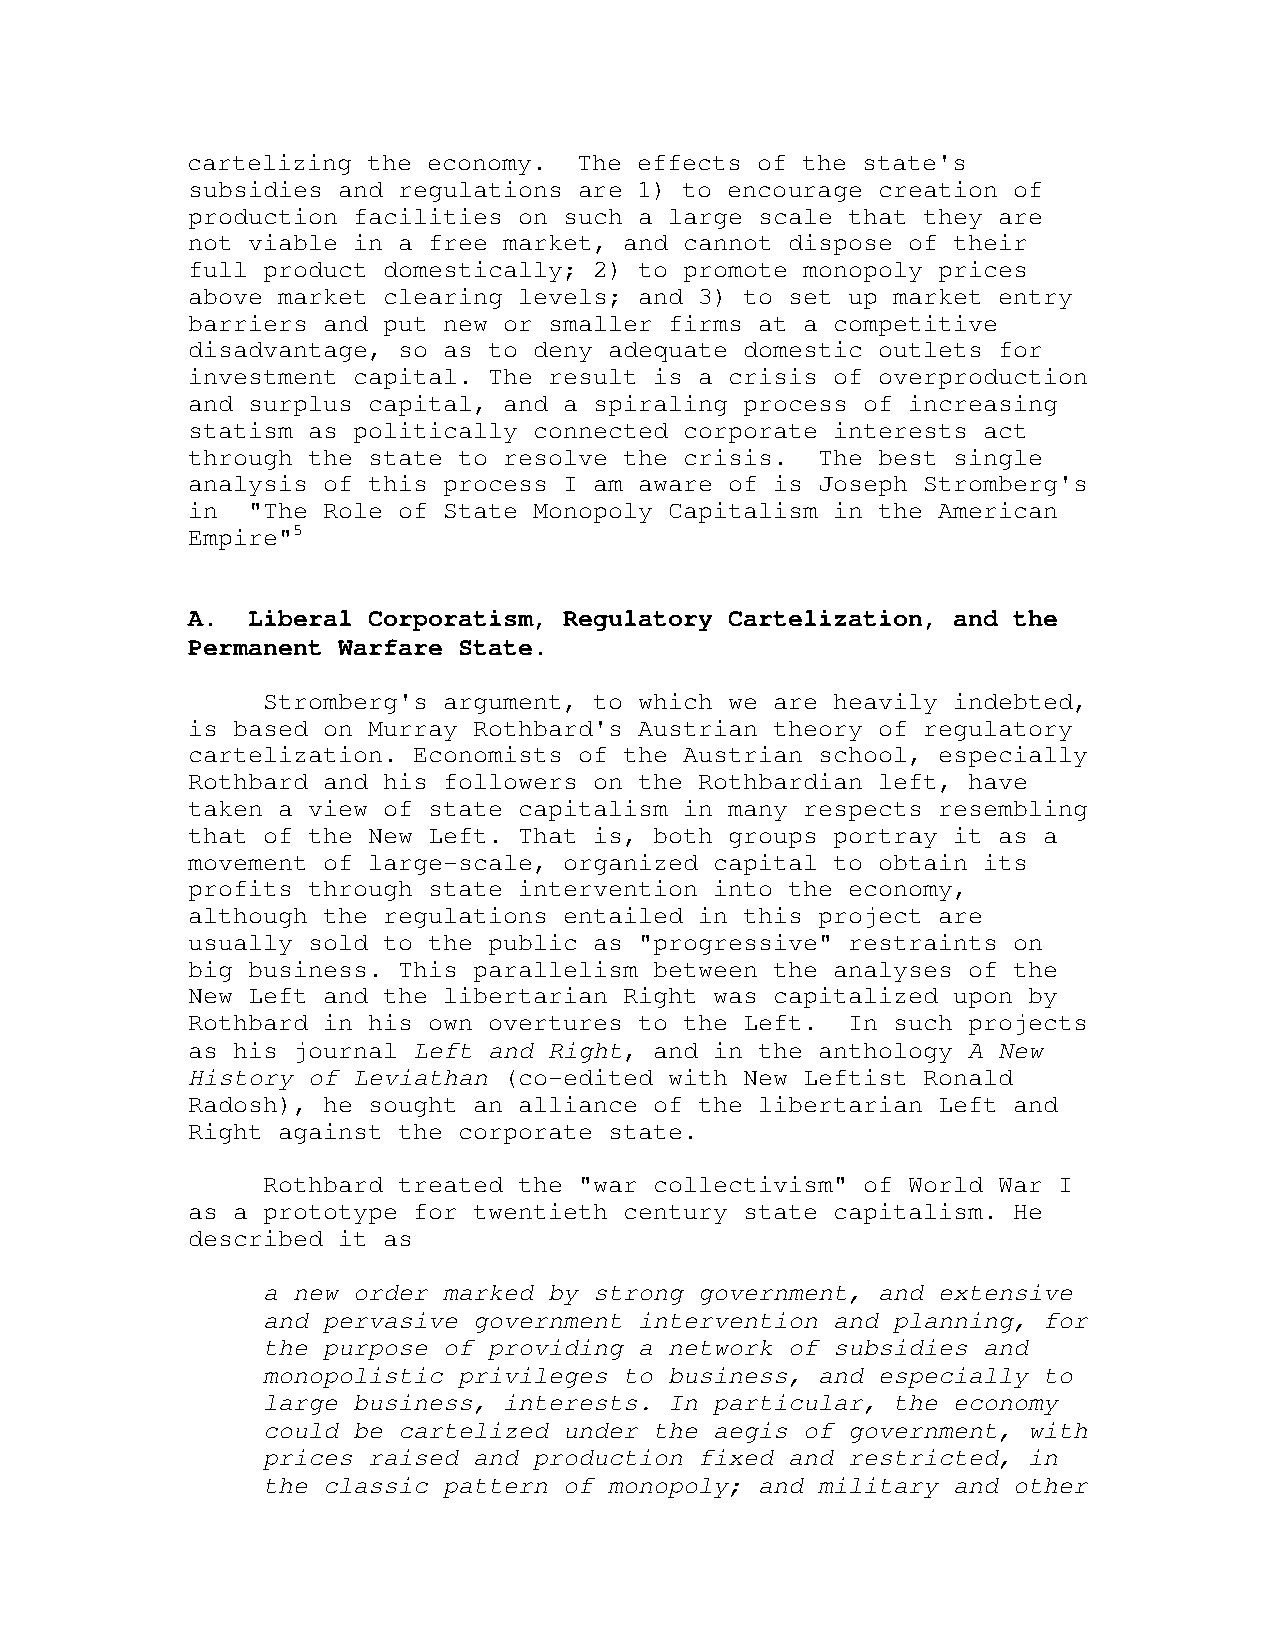
cartelizing the economy.  The effects of the state's
 subsidies and regulations are 1) to encourage creation of
 production facilities on such a large scale that they are
 not viable in a free market, and cannot dispose of their
 full product domestically; 2) to promote monopoly prices
 above market clearing levels; and 3) to set up market entry
 barriers and put new or smaller firms at a competitive
 disadvantage, so as to deny adequate domestic outlets for
 investment capital. The result is a crisis of overproduction
 and surplus capital, and a spiraling process of increasing
 statism as politically connected corporate interests act
 through the state to resolve the crisis.  The best single
 analysis of this process I am aware of is Joseph Stromberg's
 in  "The Role of State Monopoly Capitalism in the American
 Empire"5
 A.  Liberal Corporatism, Regulatory Cartelization, and the
 Permanent Warfare State.
 Stromberg's argument, to which we are heavily indebted,
 is based on Murray Rothbard's Austrian theory of regulatory
 cartelization. Economists of the Austrian school, especially
 Rothbard and his followers on the Rothbardian left, have
 taken a view of state capitalism in many respects resembling
 that of the New Left. That is, both groups portray it as a
 movement of large-scale, organized capital to obtain its
 profits through state intervention into the economy,
 although the regulations entailed in this project are
 usually sold to the public as "progressive" restraints on
 big business. This parallelism between the analyses of the
 New Left and the libertarian Right was capitalized upon by
 Rothbard in his own overtures to the Left.  In such projects
 as his journal Left and Right, and in the anthology A New
 History of Leviathan (co-edited with New Leftist Ronald
 Radosh), he sought an alliance of the libertarian Left and
 Right against the corporate state.
 Rothbard treated the "war collectivism" of World War I
 as a prototype for twentieth century state capitalism. He
 described it as
 a new order marked by strong government, and extensive
 and pervasive government intervention and planning, for
 the purpose of providing a network of subsidies and
 monopolistic privileges to business, and especially to
 large business, interests. In particular, the economy
 could be cartelized under the aegis of government, with
 prices raised and production fixed and restricted, in
 the classic pattern of monopoly; and military and other